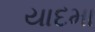
યાદમા